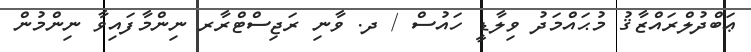
ޢަބްދުލްރައްޒާޤު މުޙައްމަދު ވިލާޑީ ހައުސް / ދ. ވާނި ރަޖިސްޓްރާރ ނިންމާފައިވާ ނިންމުން